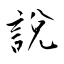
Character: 說